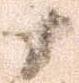
十